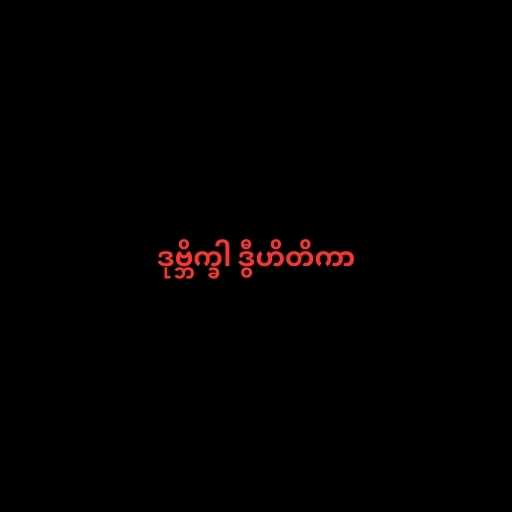
ဒုဗ္ဘိက္ခါ ဒွီဟိတိကာ